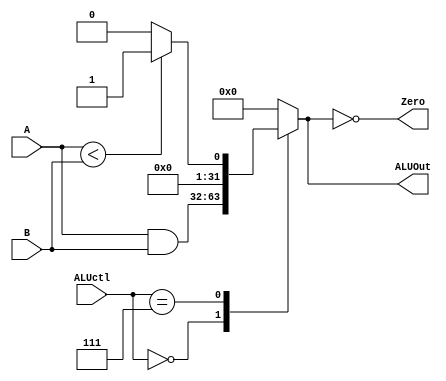
// ============================================================
// MIPS_ALU_basic.v
// T. Manikas	2015 Aug 3
//
//
// basic ALU (Arithmetic-Logic Unit) for MIPS processor
// ============================================================

module MIPSALU (ALUctl, A, B, ALUOut, Zero);
	input [3:0] ALUctl;		// ALU control signals
	input [31:0] A, B;		// ALU input values (operands)
	output [31:0] ALUOut;		// result of ALU operation
	reg [31:0] ALUOut;	
	output Zero;			// ZERO flag

		// ZERO flag set if ALU result is 0

	assign Zero = (ALUOut==0);

		// do if any change in ALUctl, A, B

	always @(ALUctl or A or B)
	begin
	   case (ALUctl)
		0:  ALUOut <= A & B;		// bitwise AND
		7:  ALUOut <= A < B ? 1 : 0;	// set if A < B
		default:  ALUOut <= 0;
	   endcase
	end
endmodule